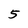
Character: 5